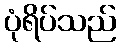
ပုံရိပ်သည်